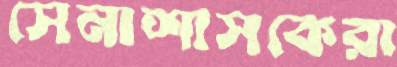
সেনাশাসকেরা